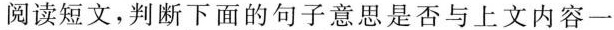
阅读短文,判断下面的句子意思是否与上文内容一